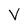
Character: V